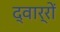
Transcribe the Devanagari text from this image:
द्वार्रों